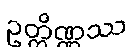
ဥတ္တိဏ္ဏဿ